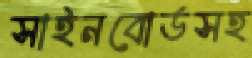
সাইনবোর্ডসহ